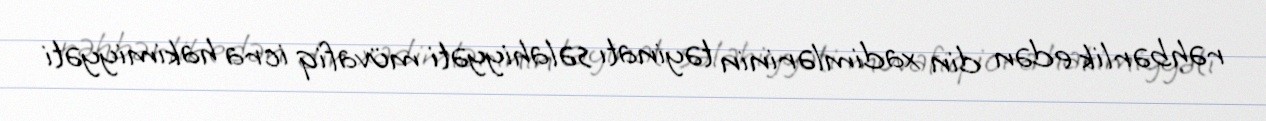
rəhbərlik edən din xadimlərinin təyinatı səlahiyyəti müvafiq icra hakimiyyəti